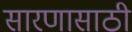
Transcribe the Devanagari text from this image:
सारणासाठी